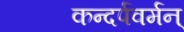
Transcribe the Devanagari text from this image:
कन्दर्पवर्मन्